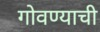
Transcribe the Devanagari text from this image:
गोवण्याची